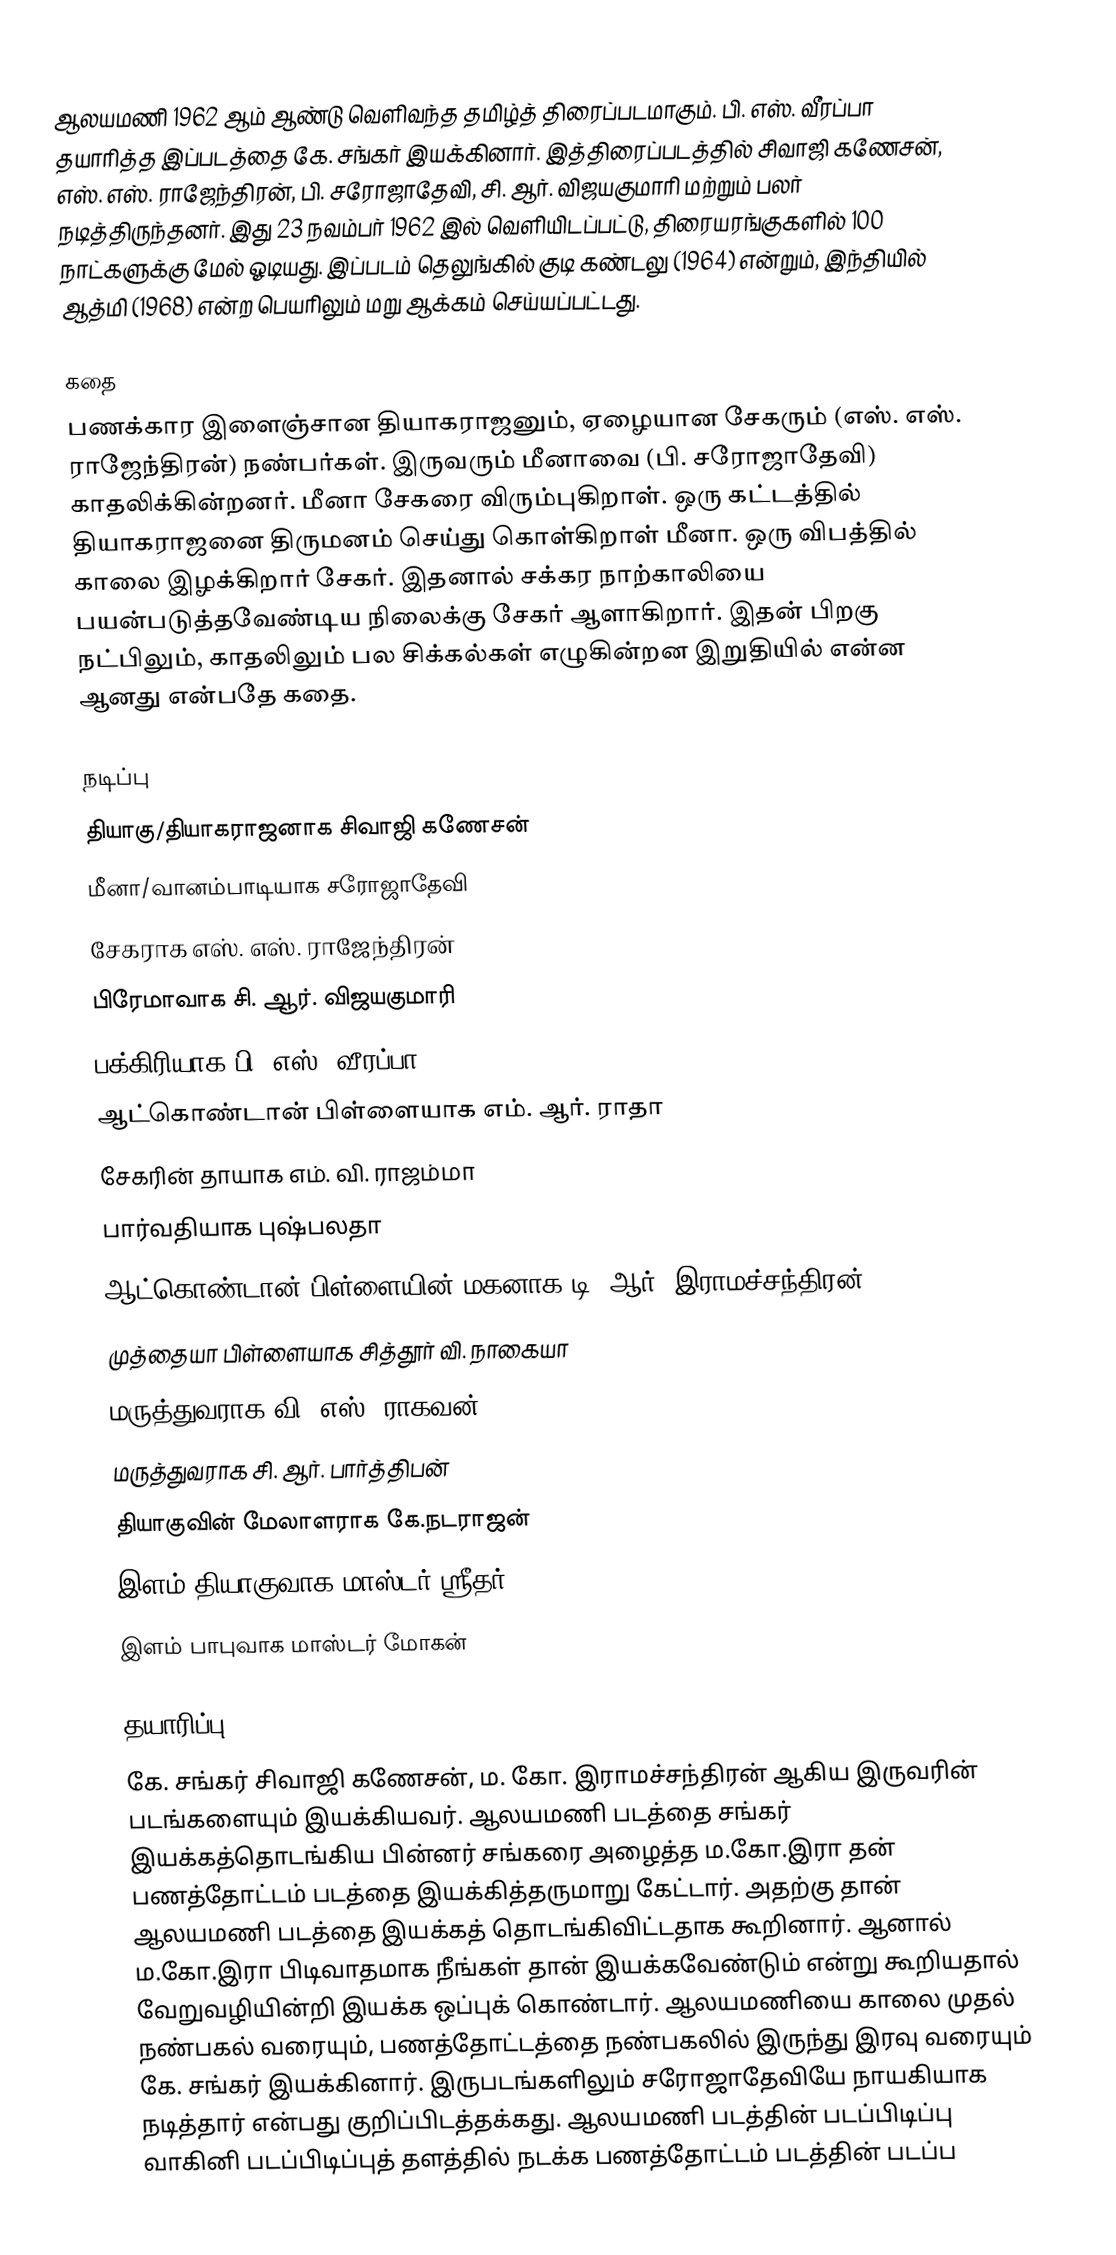
ஆலயமணி 1962 ஆம் ஆண்டு வெளிவந்த தமிழ்த் திரைப்படமாகும். பி. எஸ். வீரப்பா தயாரித்த இப்படத்தை கே. சங்கர் இயக்கினார்.  இத்திரைப்படத்தில் சிவாஜி கணேசன், எஸ். எஸ். ராஜேந்திரன், பி. சரோஜாதேவி, சி. ஆர். விஜயகுமாரி மற்றும் பலர் நடித்திருந்தனர். இது 23 நவம்பர் 1962 இல் வெளியிடப்பட்டு, திரையரங்குகளில் 100 நாட்களுக்கு மேல் ஓடியது. இப்படம் தெலுங்கில் குடி கண்டலு (1964) என்றும், இந்தியில் ஆத்மி (1968) என்ற பெயரிலும் மறு ஆக்கம் செய்யப்பட்டது.

கதை
பணக்கார இளைஞ்சான தியாகராஜனும், ஏழையான சேகரும் (எஸ். எஸ். ராஜேந்திரன்) நண்பர்கள். இருவரும் மீனாவை (பி. சரோஜாதேவி) காதலிக்கின்றனர். மீனா சேகரை விரும்புகிறாள். ஒரு கட்டத்தில் தியாகராஜனை திருமனம் செய்து கொள்கிறாள் மீனா. ஒரு விபத்தில் காலை இழக்கிறார் சேகர். இதனால் சக்கர நாற்காலியை பயன்படுத்தவேண்டிய நிலைக்கு சேகர் ஆளாகிறார். இதன் பிறகு நட்பிலும், காதலிலும் பல சிக்கல்கள் எழுகின்றன இறுதியில் என்ன ஆனது என்பதே கதை.

நடிப்பு
தியாகு/தியாகராஜனாக சிவாஜி கணேசன்
மீனா/வானம்பாடியாக சரோஜாதேவி
சேகராக எஸ். எஸ். ராஜேந்திரன்
பிரேமாவாக சி. ஆர். விஜயகுமாரி
பக்கிரியாக பி. எஸ். வீரப்பா
ஆட்கொண்டான் பிள்ளையாக எம். ஆர். ராதா
சேகரின் தாயாக எம். வி. ராஜம்மா
பார்வதியாக புஷ்பலதா
ஆட்கொண்டான் பிள்ளையின் மகனாக டி. ஆர். இராமச்சந்திரன்
முத்தையா பிள்ளையாக சித்தூர் வி. நாகையா
மருத்துவராக வி. எஸ். ராகவன்
மருத்துவராக சி. ஆர். பார்த்திபன்
தியாகுவின் மேலாளராக கே.நடராஜன்
இளம் தியாகுவாக மாஸ்டர் ஸ்ரீதர்
இளம் பாபுவாக மாஸ்டர் மோகன்

தயாரிப்பு
கே. சங்கர் சிவாஜி கணேசன், ம. கோ. இராமச்சந்திரன் ஆகிய இருவரின் படங்களையும் இயக்கியவர். ஆலயமணி படத்தை சங்கர் இயக்கத்தொடங்கிய பின்னர் சங்கரை அழைத்த ம.கோ.இரா தன் பணத்தோட்டம் படத்தை இயக்கித்தருமாறு கேட்டார். அதற்கு தான் ஆலயமணி படத்தை இயக்கத் தொடங்கிவிட்டதாக கூறினார். ஆனால் ம.கோ.இரா பிடிவாதமாக நீங்கள் தான் இயக்கவேண்டும் என்று கூறியதால் வேறுவழியின்றி இயக்க ஒப்புக் கொண்டார். ஆலயமணியை காலை முதல் நண்பகல் வரையும், பணத்தோட்டத்தை நண்பகலில் இருந்து இரவு வரையும் கே. சங்கர் இயக்கினார்.  இருபடங்களிலும் சரோஜாதேவியே நாயகியாக நடித்தார் என்பது குறிப்பிடத்தக்கது. ஆலயமணி படத்தின் படப்பிடிப்பு வாகினி படப்பிடிப்புத் தளத்தில் நடக்க பணத்தோட்டம் படத்தின் படப்ப